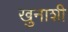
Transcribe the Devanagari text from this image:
खुनाशी